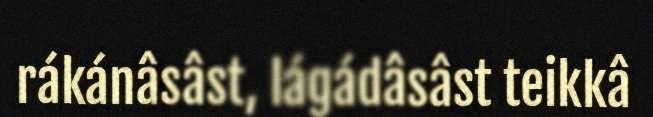
rákánâsâst, lágádâsâst teikkâ